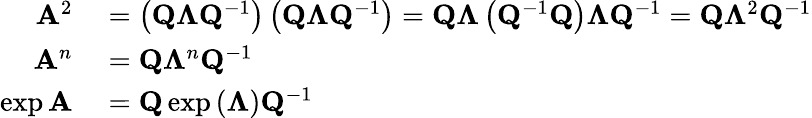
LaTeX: \begin{array}{rl}{\mathbf{A}^{2}}&{{}=\left(\mathbf{Q}\mathbf{\Lambda}\mathbf{Q}^{-1}\right)\left(\mathbf{Q}\mathbf{\Lambda}\mathbf{Q}^{-1}\right)=\mathbf{Q}\mathbf{\Lambda}\left(\mathbf{Q}^{-1}\mathbf{Q}\right)\mathbf{\Lambda}\mathbf{Q}^{-1}=\mathbf{Q}\mathbf{\Lambda}^{2}\mathbf{Q}^{-1}}\\ {\mathbf{A}^{n}}&{{}=\mathbf{Q}\mathbf{\Lambda}^{n}\mathbf{Q}^{-1}}\\ {\exp{\mathbf{A}}}&{{}=\mathbf{Q}\exp{(\mathbf{\Lambda})}\mathbf{Q}^{-1}}\end{array}